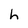
Character: h